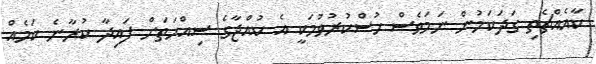
ކާއެއްޗެތި ގަދަކަމުން ނަމަވެސް ހުސްކުރުވުމަކީ އެ ކުއްޖާގެ ސިއްހަތަށް ފައިދާ ކުރާނެ ކަމެއް